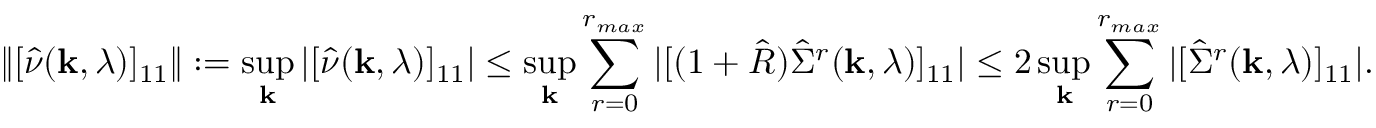
\Vert [ \hat { \nu } ( { \bf k } , \lambda ) ] _ { 1 1 } \Vert : = \operatorname* { s u p } _ { { \bf k } } | [ \hat { \nu } ( { \bf k } , \lambda ) ] _ { 1 1 } | \le \operatorname* { s u p } _ { { \bf k } } \sum _ { r = 0 } ^ { r _ { m a x } } | [ ( 1 + \hat { R } ) \hat { \Sigma } ^ { r } ( { \bf k } , \lambda ) ] _ { 1 1 } | \le 2 \operatorname* { s u p } _ { { \bf k } } \sum _ { r = 0 } ^ { r _ { m a x } } | [ \hat { \Sigma } ^ { r } ( { \bf k } , \lambda ) ] _ { 1 1 } | .